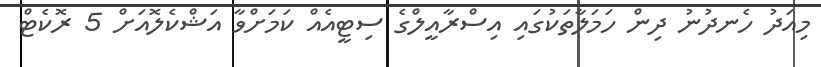
މިއަދު ހެނދުނު ދިން ހަމަލާތަކުގައި އިސްރާއީލްގެ ސިޓީއެއް ކަމަށްވާ އަޝްކެލޮއަށް 5 ރޮކެޓް